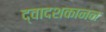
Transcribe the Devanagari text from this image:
द्वादशकानन